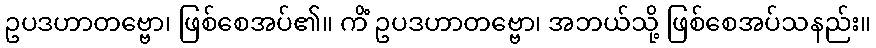
ဥပဒဟာတဗ္ဗော၊ ဖြစ်စေအပ်၏။ ကိံ ဥပဒဟာတဗ္ဗော၊ အဘယ်သို့ ဖြစ်စေအပ်သနည်း။